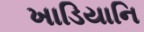
ખાડિયાનિ